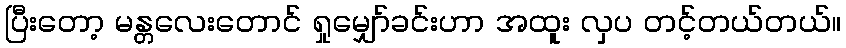
ပြီးတော့ မန္တလေးတောင် ရှုမျှော်ခင်းဟာ အထူး လှပ တင့်တယ်တယ်။